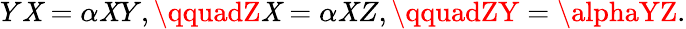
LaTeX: Y\mathit{X}=\alpha\mathit{X}Y,\qquadZ\mathit{X}=\alpha\mathit{X}Z,\qquadZY=\alphaYZ.